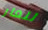
للعار